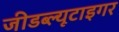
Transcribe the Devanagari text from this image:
जीडब्ल्यूटाइगर